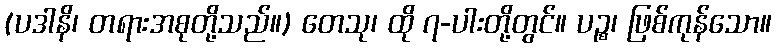
(ပဒါနိ၊ တရားအစုတို့သည်။) တေသု၊ ထို ၇-ပါးတို့တွင်။ ပဉ္စ၊ ဖြစ်ကုန်သော။